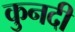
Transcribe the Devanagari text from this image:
कुनदी